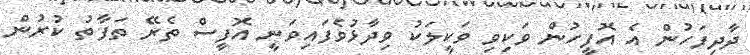
ދާދިފަހުން އެ އޮފީހުން ވަކިވި ވަކީލަކު ވިދާޅުވެފައިވަނީ އޮފީސް ތެރޭ ތަފާތު ކުރުން